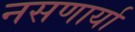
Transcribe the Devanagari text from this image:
नसणार्या